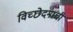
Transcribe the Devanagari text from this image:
विच्छेदनाची